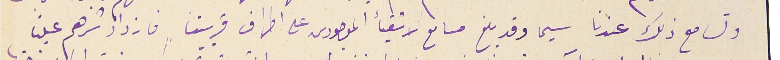
وتسامع ذلك عندنا سيما وقد بلغ مسامع الاشقيأ الموحودين على اطراف قريتنا فازداد شرهم علينا